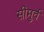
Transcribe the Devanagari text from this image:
सीमुर्व